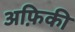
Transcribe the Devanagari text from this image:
अफ़िकी